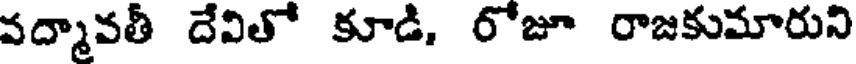
వద్మావతీ దేవితో కూడి, రోజూ రాజకుమారుని